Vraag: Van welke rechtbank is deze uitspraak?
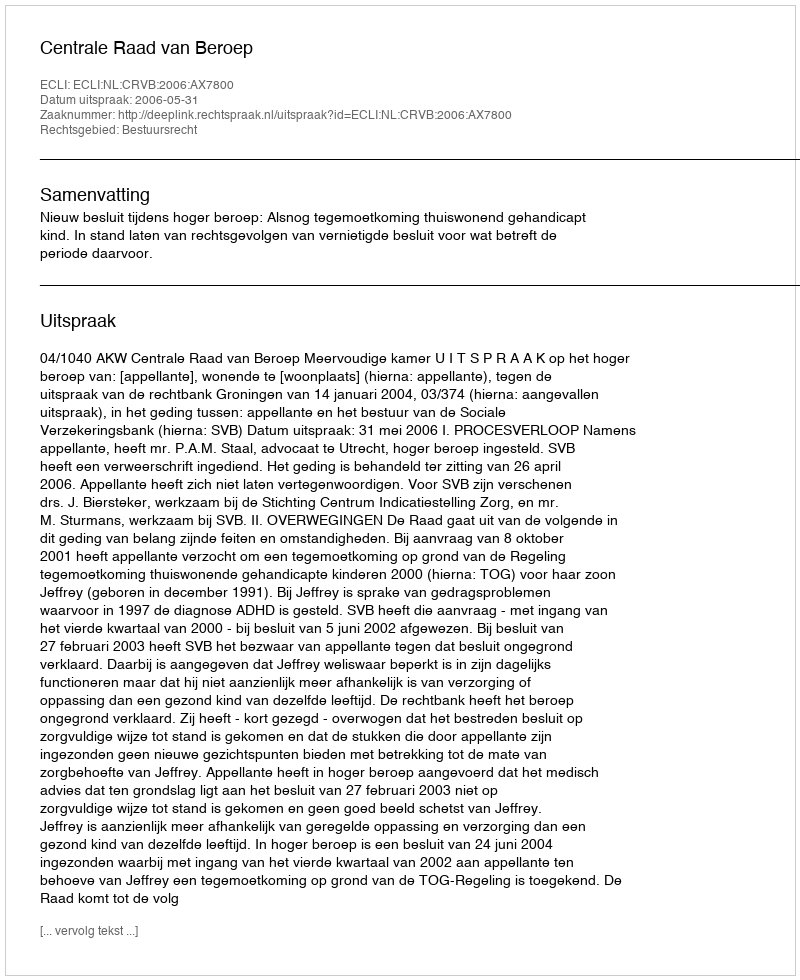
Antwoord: Centrale Raad van Beroep